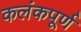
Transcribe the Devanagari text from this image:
कलंकपूर्ण